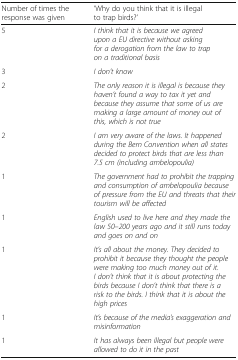
| Number of times the response was given | ‘Why do you think that it is illegal to trap birds?’ |
 | --- | --- |
 | 5 | I think that it is because we agreed upon a EU directive without asking for a derogation from the law to trap on a traditional basis |
 | 3 | I don’t know |
 | 2 | The only reason it is illegal is because they haven’t found a way to tax it yet and because they assume that some of us are making a large amount of money out of this, which is not true |
 | 2 | I am very aware of the laws. It happened during the Bern Convention when all states decided to protect birds that are less than 7.5 cm (including ambelopoulia) |
 | 1 | The government had to prohibit the trapping and consumption of ambelopoulia because of pressure from the EU and threats that their tourism will be affected |
 | 1 | English used to live here and they made the law 50–200 years ago and it still runs today and goes on and on |
 | 1 | It’s all about the money. They decided to prohibit it because they thought the people were making too much money out of it. I don’t think that it is about protecting the birds because I don’t think that there is a risk to the birds. I think that it is about the high prices |
 | 1 | It’s because of the media’s exaggeration and misinformation |
 | 1 | It has always been illegal but people were allowed to do it in the past |